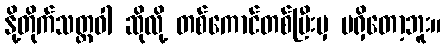
နို့တိုက်သတ္တဝါ ဆိုလို့ တစ်ကောင်တစ်မြီးမှ မရှိတော့ဘူး။